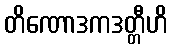
တိဏောဒကဒတ္တီဟိ